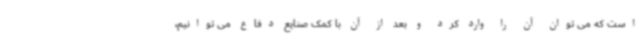
است که می توان آن را وارد کرد و بعد از آن با کمک صنایع دفاع می توانیم،